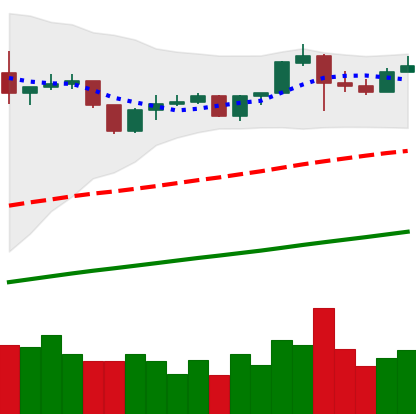
Ticker: BNB-USD
Chart end date: 2019-06-18
Forward return: 8.14%
Label: up_7plus